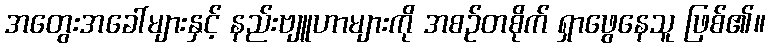
အတွေးအခေါ်များနှင့် နည်းဗျူဟာများကို အစဉ်တစိုက် ရှာဖွေနေသူ ဖြစ်၏။